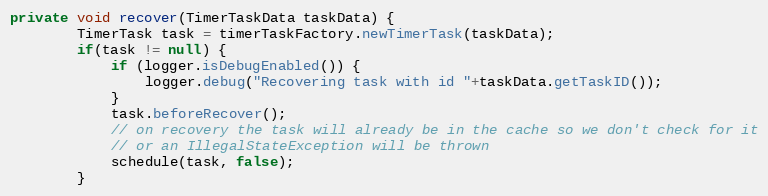
Language: Java
private void recover(TimerTaskData taskData) {
		TimerTask task = timerTaskFactory.newTimerTask(taskData);
		if(task != null) {
			if (logger.isDebugEnabled()) {
				logger.debug("Recovering task with id "+taskData.getTaskID());
			}
			task.beforeRecover();
			// on recovery the task will already be in the cache so we don't check for it
			// or an IllegalStateException will be thrown
			schedule(task, false);
		}